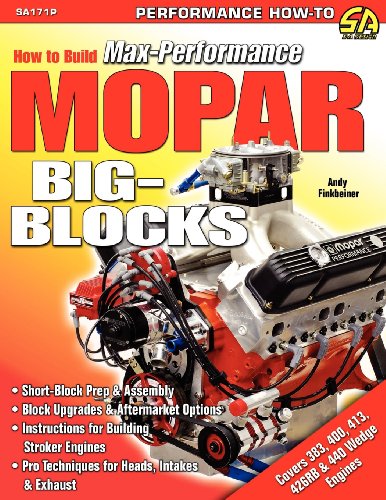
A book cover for How to Build Max-Performance Mopar Big-Blocks; Andy Finkbeiner; Engineering & Transportation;